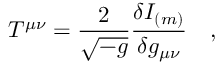
T ^ { \mu \nu } = { \frac { 2 } { \sqrt { - g } } } { \frac { \delta I _ { ( m ) } } { \delta g _ { \mu \nu } } } ~ ~ ~ ,